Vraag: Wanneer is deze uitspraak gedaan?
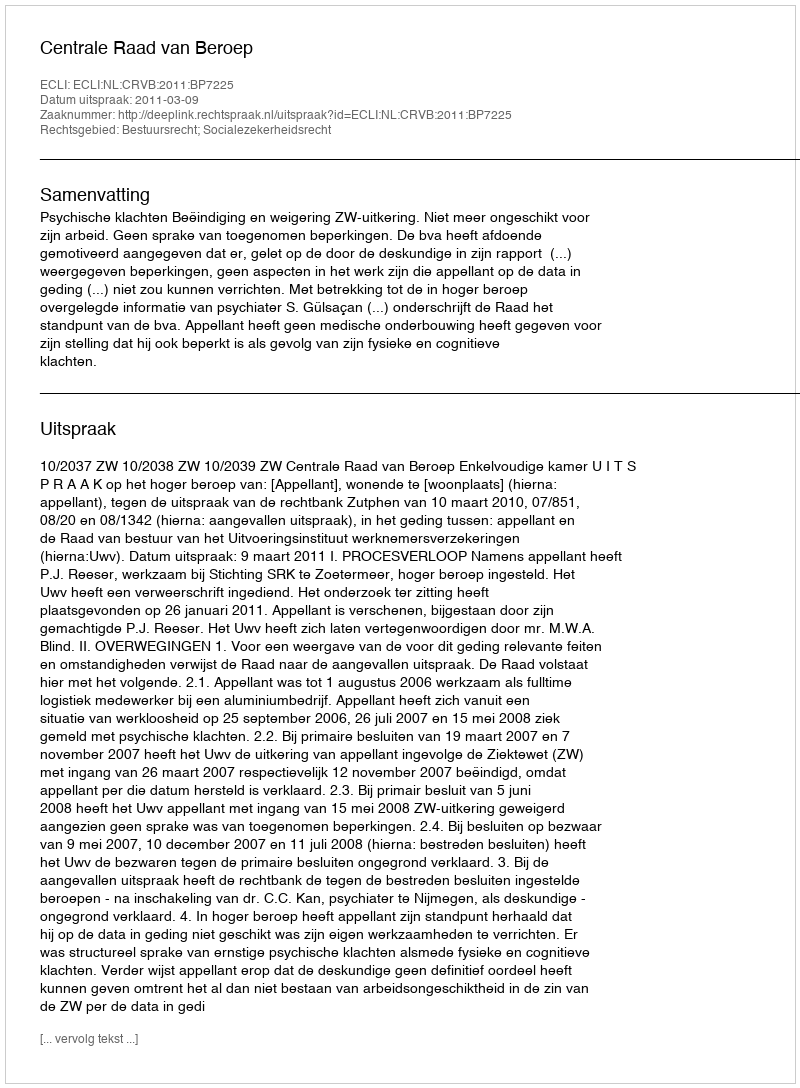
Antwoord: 2011-03-09